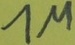
Text: 1M